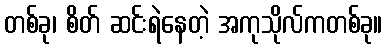
တစ်ခု၊ စိတ် ဆင်းရဲနေတဲ့ အကုသိုလ်ကတစ်ခု။